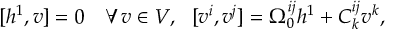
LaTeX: [ h ^ { 1 } , v ] = 0 \ \ \ \forall v \in V , \ \ [ v ^ { i } , v ^ { j } ] = \Omega _ { 0 } ^ { i j } h ^ { 1 } + C _ { k } ^ { i j } v ^ { k } ,